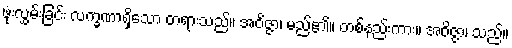
ဖုံးလွှမ်းခြင်း လက္ခဏာရှိသော တရားသည်။ အဝိဇ္ဇာ၊ မည်၏။ တစ်နည်းကား။ အဝိဇ္ဇာ၊ သည်။